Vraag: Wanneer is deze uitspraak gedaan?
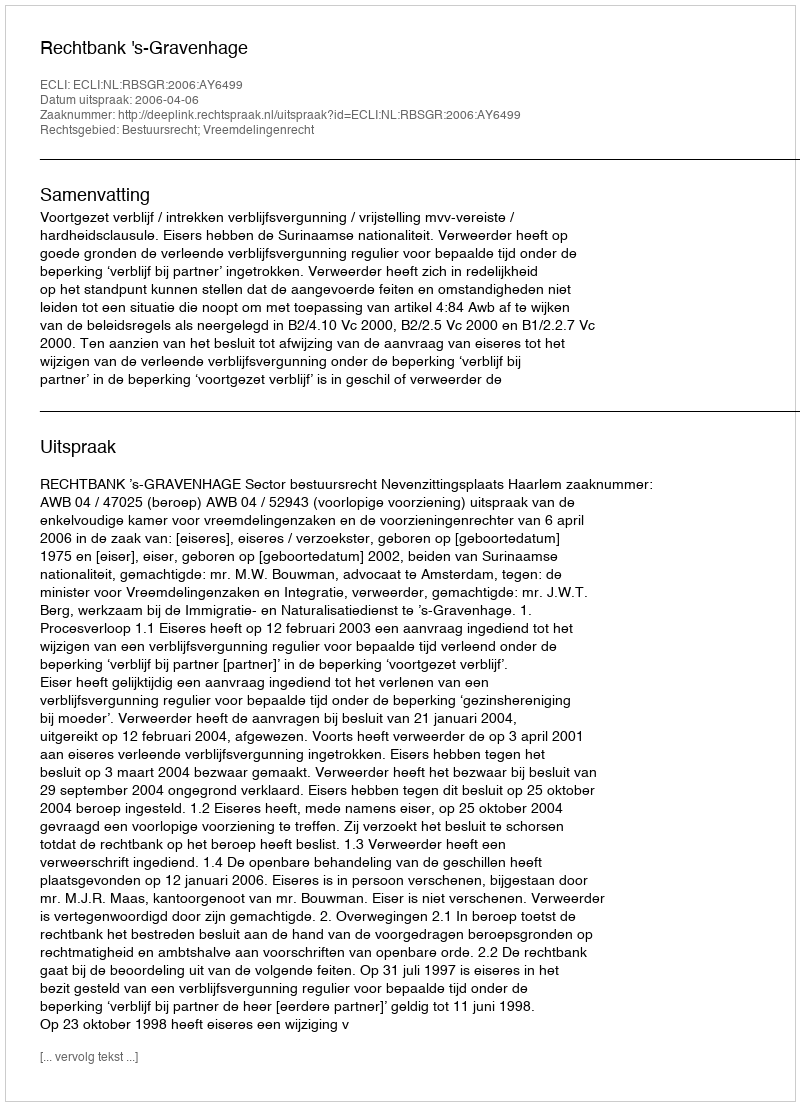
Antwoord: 2006-04-06